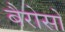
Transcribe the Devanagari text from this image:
बैरोसो